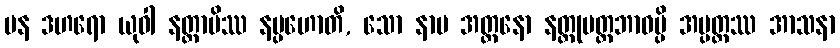
ပန ဒဟရော ယုဝါ နတ္တာပိဿ နပ္ပဟောတိ, သော နာမ အတ္တနော နတ္တုမတ္တဘာဝမ္ပိ အပ္ပတ္တဿ အာသနာ